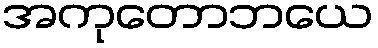
အကုတောဘယေ